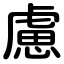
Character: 慮